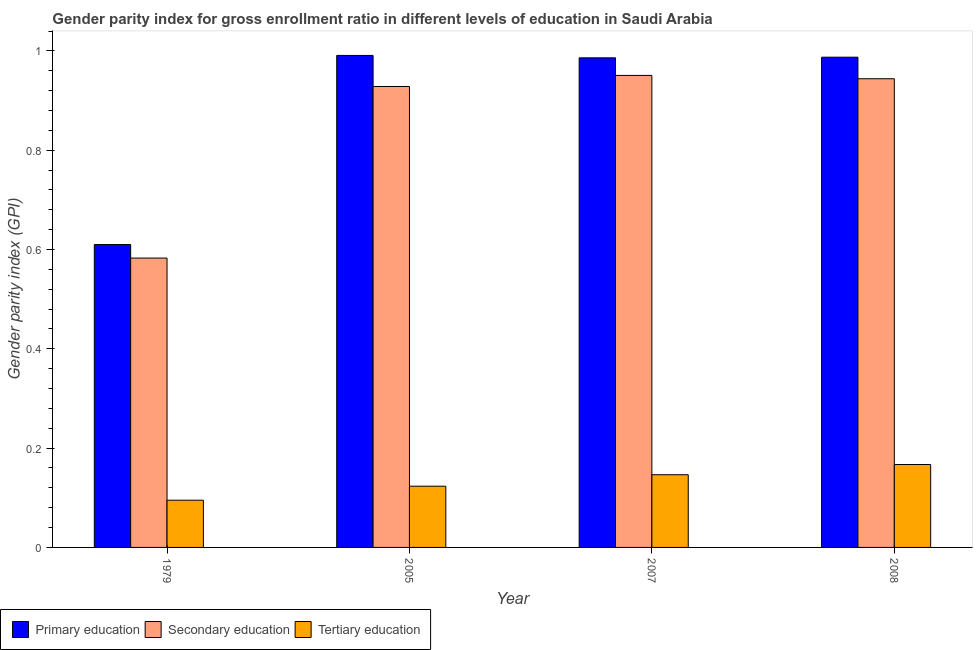
| Year | Primary education | Secondary education | Tertiary education |
 | --- | --- | --- | --- |
 | 1979 | 0.61 | 0.583 | 0.0951 |
 | 2005 | 0.991 | 0.928 | 0.123 |
 | 2007 | 0.986 | 0.951 | 0.146 |
 | 2008 | 0.987 | 0.944 | 0.167 |